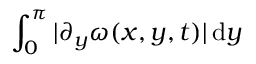
\int _ { 0 } ^ { \pi } | \partial _ { y } \omega ( x , y , t ) | \, \mathrm { d } y